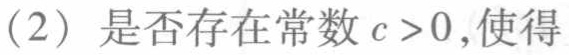
(2) 是否存在常数 \(c > 0\),使得